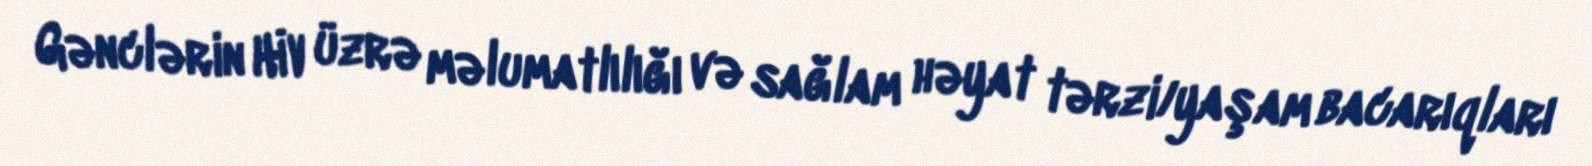
Gənclərin HİV üzrə məlumatlılığı və sağlam həyat tərzi/yaşam bacarıqları